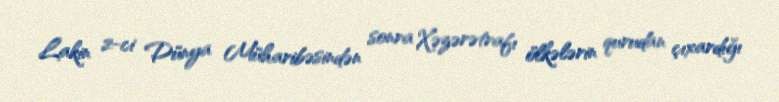
Lakin 2-ci Dünya Müharibəsindən sonra Xəzərətrafı ölkələrin qurudan çıxardığı